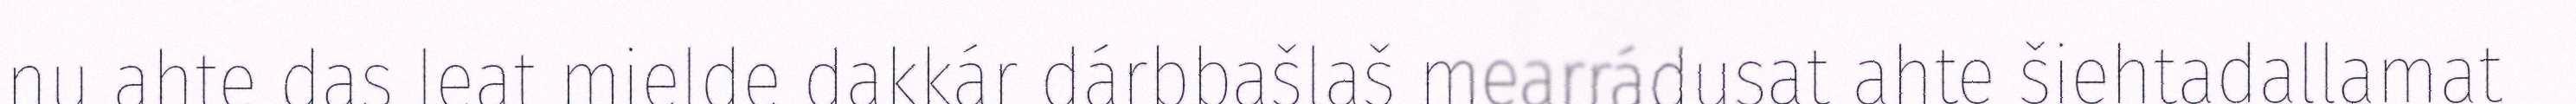
nu ahte das leat mielde dakkár dárbbašlaš mearrádusat ahte šiehtadallamat